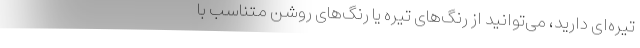
تیره‌ای دارید، می‌توانید از رنگ‌های تیره یا رنگ‌های روشن متناسب با